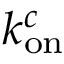
k _ { \mathrm { o n } } ^ { c }